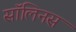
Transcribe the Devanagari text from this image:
सॉलिनस